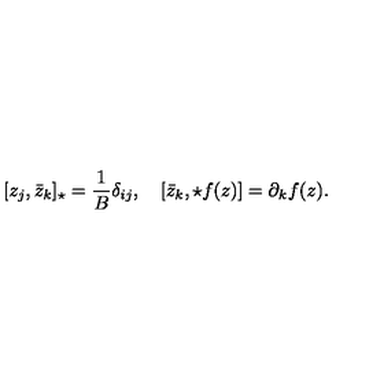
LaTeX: [ z _ { j } , \bar { z } _ { k } ] _ { \star } = \frac { 1 } { B } \delta _ { i j } , \quad [ \bar { z } _ { k } , \star f ( z ) ] = \partial _ { k } f ( z ) .